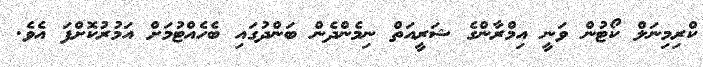
ކްރިމިނަލް ކޯޓުން ވަނީ އިމްރާންގެ ޝަރީއަތް ނިމެންދެން ބަންދުގައި ބެހެއްޓުމަށް އަމުރުކޮށްފަ އެވެ.